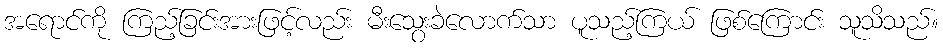
အရောင်ကို ကြည့်ခြင်းအားဖြင့်လည်း မီးသွေးခဲလောက်သာ ပူသည့်ကြယ် ဖြစ်ကြောင်း သူသိသည်။